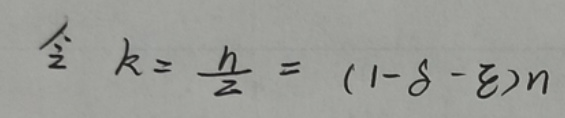
\[
\hat{\tau} \ k=\frac{h}{2}=(1 - \delta-\xi)n
\]